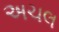
અચલ